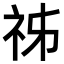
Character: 𥙌